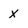
Character: X